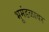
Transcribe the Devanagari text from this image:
भूमंडळावर